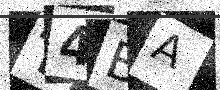
Text: T4BA